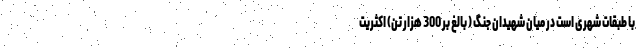
با طبقات شهری است در میان شهیدان جنگ ( بالغ بر 300 هزار تن) اکثریت